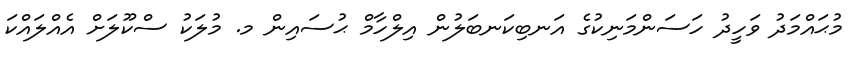
މުޙައްމަދު ވަހީދު ހަސަންމަނިކުގެ އަނބިކަނބަލުން އިލްހާމް ޙުސައިން މ. މުލަކު ސްކޫލަށް އެއްލައްކަ